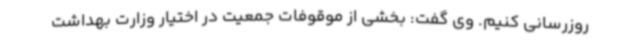
روزرسانی کنیم. وی گفت: بخشی از موقوفات جمعیت در اختیار وزارت بهداشت